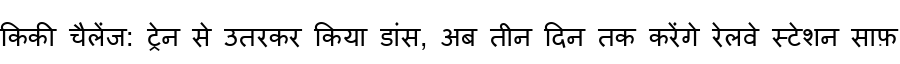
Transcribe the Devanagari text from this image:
किकी चैलेंज: ट्रेन से उतरकर किया डांस, अब तीन दिन तक करेंगे रेलवे स्टेशन साफ़